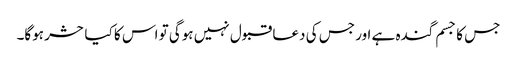
جس کا جسم گندہ ہے اور جس کی دعا قبول نہیں ہوگی تو اس کا کیا حشر ہوگا۔